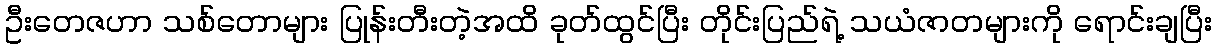
ဦးတေဇဟာ သစ်တောများ ပြုန်းတီးတဲ့အထိ ခုတ်ထွင်ပြီး တိုင်းပြည်ရဲ့ သယံဇာတများကို ရောင်းချပြီး